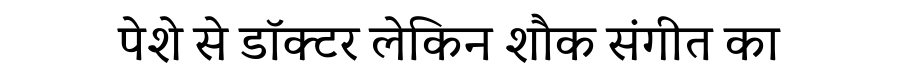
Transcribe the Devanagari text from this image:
पेशे से डॉक्टर लेकिन शौक संगीत का